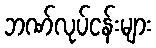
ဘဏ်လုပ်ငန်းများ